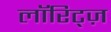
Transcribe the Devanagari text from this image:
लॉरिट्ज़